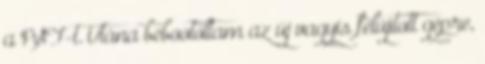
a PST-t. Utána bebootoltam az új vagyis felújított gépre,